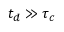
t _ { d } \gg \tau _ { c }